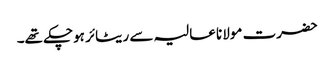
حضرت مولانا عالیہ سے ریٹائر ہوچکے تھے۔